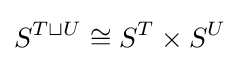
S^{T\sqcup U}\cong S^{T}\times S^{U}